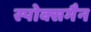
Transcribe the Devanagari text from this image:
स्पोक्समैन